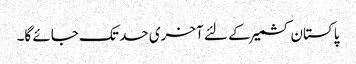
پاکستان کشمیر کے لئے آخری حد تک جائے گا۔